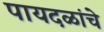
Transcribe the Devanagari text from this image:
पायदळांचे